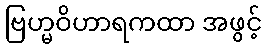
ဗြဟ္မဝိဟာရကထာ အဖွင့်